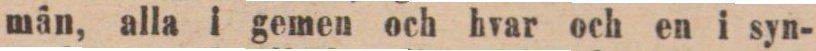
män, alla i gemen och hvar och en i syn-